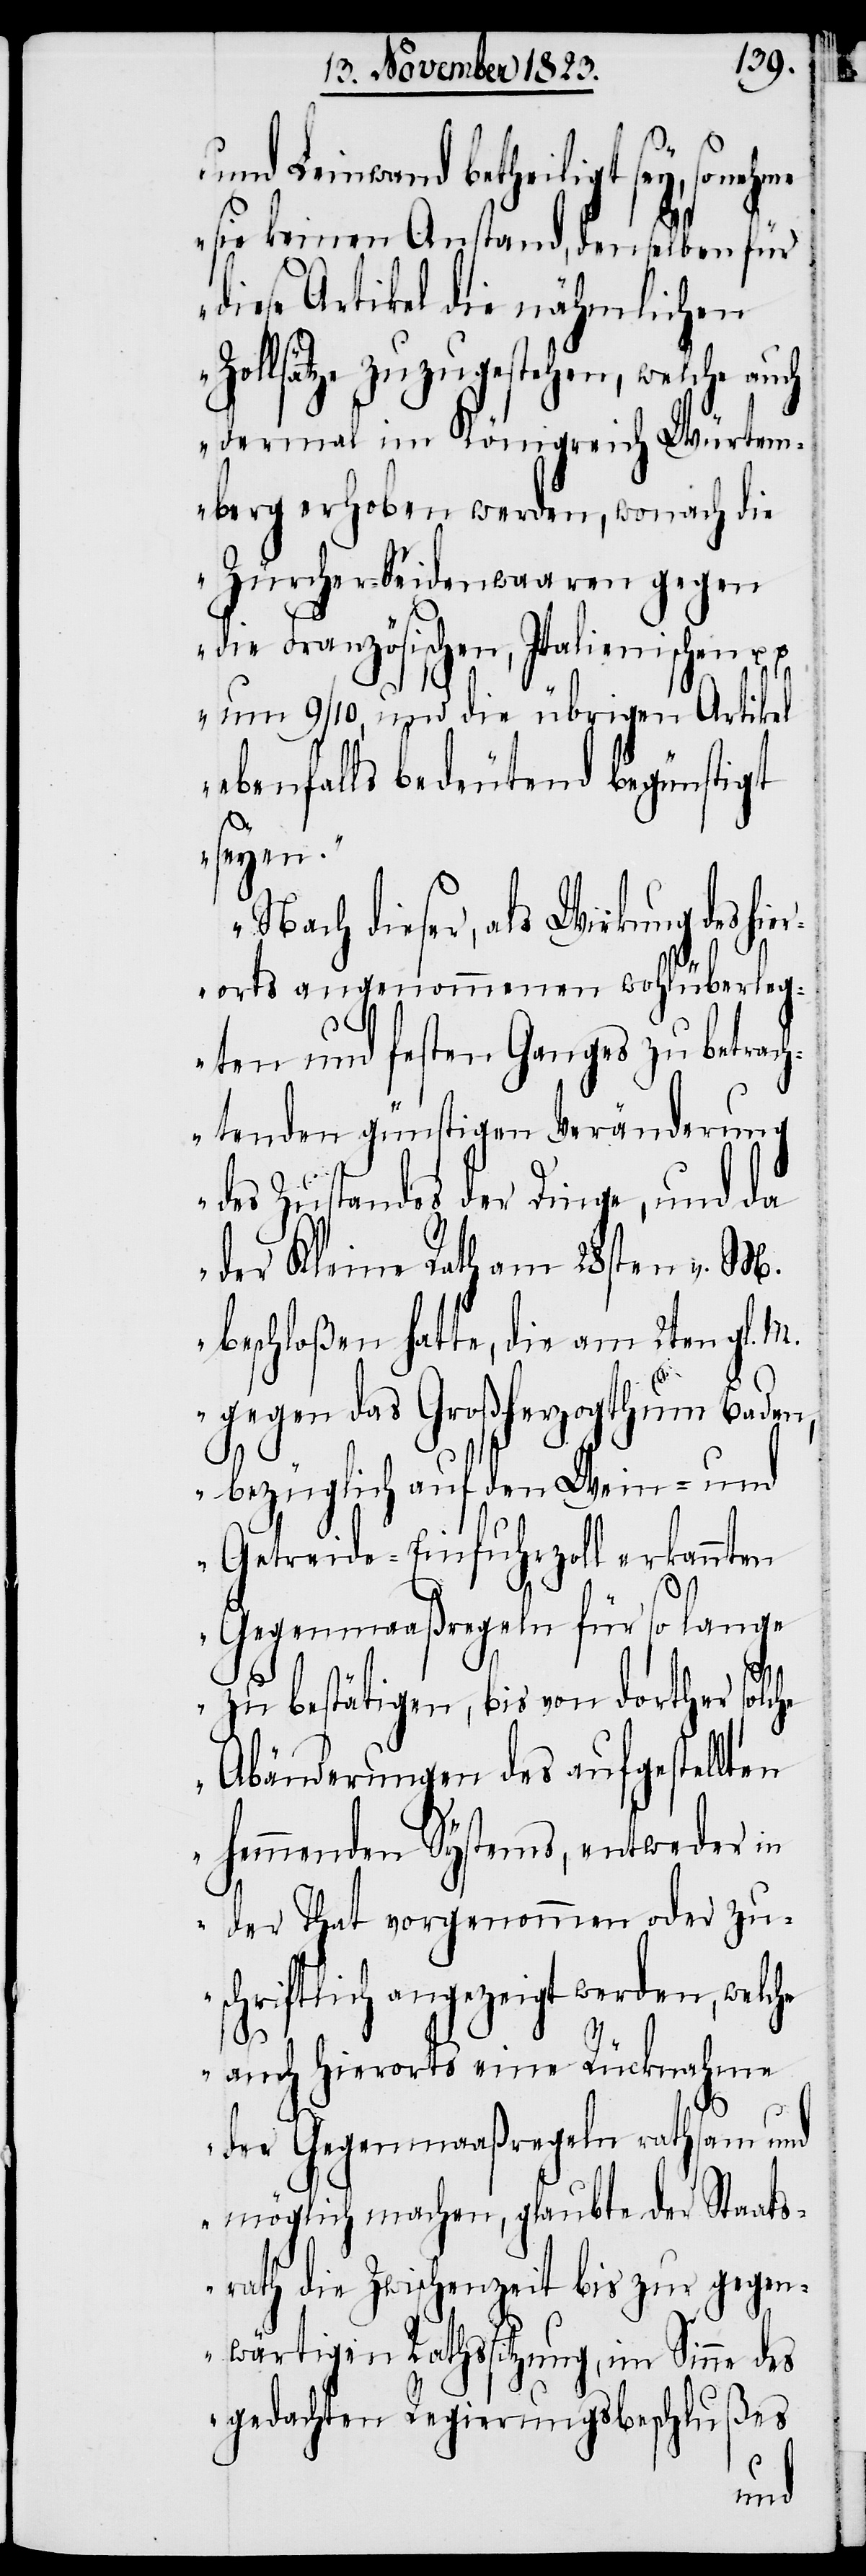
und Leinwand betheiligt sey, so
sie keinen Anstand, denselben für
diese Artikel die nähmlichen
Zollsätze zuzugestehen, welche auch
dermal im Königreich Würtem¬
berg erhoben werden, wonach die
Zürcher-Seidenwaaren gegen
die Französischen, Italienischen u.
u.
um 9/10. und die übrigen Artikel
ebenfalls bedeutend begünstigt
seyen.
Nach dieser, als Wirkung des hie¬
rorts angenommenen wohlüberleg¬
ten und festen Ganges zu betrac¬
htenden günstigen Veränderung
des Zustandes der Dinge, und da
der Kleine Rath am 28sten v. M.
beschloßen hatte, die am 2ten gl.
gegen das Großherzogthum Baden,
bezüglich auf den Wein- und
Getreide-Einfuhrzoll erkannten
Gegenmaaßregeln für so lange
zu bestätigen, bis von dorther solche
Abänderungen des aufgestellten
hemmenden Systems, entweder in
der That vorgenommen oder zu¬
schriftlich angezeigt werden, welche
auch hierorts eine Rücknahme
der Gegenmaaßregeln rathsam und
möglich machen, glaubte der Staats¬
rath die Zwischenzeit bis zur gegen¬
wärtigen Rathssitzung, im Sinne des
ßes
gedachten Regierungsbeschlu¬